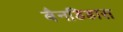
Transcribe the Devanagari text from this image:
बैनडिडास